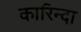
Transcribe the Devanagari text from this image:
कारिन्दा